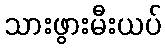
သားဖွားမီးယပ်